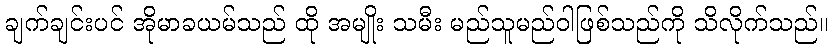
ချက်ချင်းပင် အိုမာခယမ်သည် ထို အမျိုး သမီး မည်သူမည်ဝါဖြစ်သည်ကို သိလိုက်သည်။